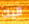
آليك